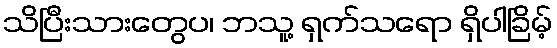
သိပြီးသားတွေပ၊ ဘသူ့ ရှက်သရော ရှိပါခြိမ့်